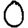
Digit: 0